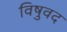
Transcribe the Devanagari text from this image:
विषुवद